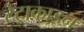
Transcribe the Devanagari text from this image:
टेट्राकाइन